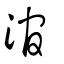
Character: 涫